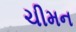
ચીમન